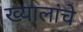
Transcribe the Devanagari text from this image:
ख्यालांचे